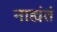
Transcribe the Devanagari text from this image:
नाह्यंतं